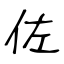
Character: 佐